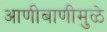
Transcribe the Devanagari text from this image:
आणीबाणीमुळे